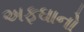
અફઘાનો